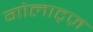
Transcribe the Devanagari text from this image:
गोलाट्ज़